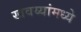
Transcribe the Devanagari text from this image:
खवय्यांमध्ये